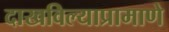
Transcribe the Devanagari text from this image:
दाखविल्याप्रामाणे